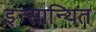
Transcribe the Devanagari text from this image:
इन्सान्यित